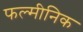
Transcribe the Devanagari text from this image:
फल्मीनिक